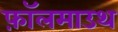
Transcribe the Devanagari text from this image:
फ़ॉलमाउथ